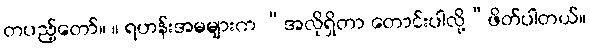
တပည့်တော်။ ။ ရဟန်းအမများက “အလိုရှိတာ တောင်းပါလို့”ဖိတ်ပါတယ်။